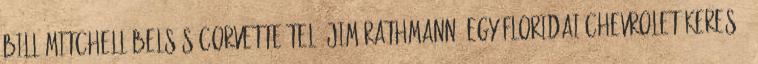
Bill Mitchell-belsős Corvette-tel. Jim Rathmann, egy floridai Chevrolet kereső,